Civil Veterinary Dept. North-West Frontier Province 1933-46 - 1933-1946
Year: 1933
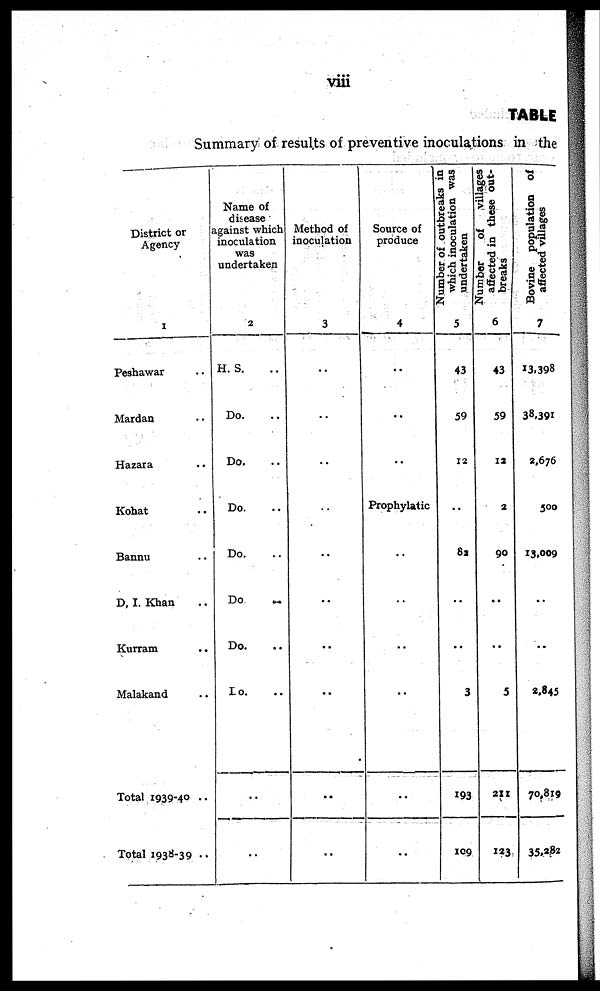
viii
TABLE
Summary of results of preventive inoculations in the
District or
Agency
1
Peshawar ..
Mardan ..
Hazara ..
Kohat ..
Bannu ..
D. I. Khan ..
Kurram ..
Malakand ..
Total 1939-40 ..
Total 1938-39 ..
Name of
disease
against which
inoculation
was
undertaken
2
H. S. ..
Do. ..
Do. ..
Do. ..
Do. ..
Do
..
Do. ..
Do. ..
..
..
Method of
inoculation
3
..
..
..
..
..
..
..
..
..
..
Source of
produce
4
..
..
..
Prophylatic
..
..
..
..
..
..
Number of outbreaks in
which inoculation was
undertaken
5
43
59
12
..
82
..
..
3
193
109
Number
of
villages
affected in these out-
breaks
6
43
59
12
2
90
..
..
5
211
123
Bovine population of
affected villages
7
13,398
38,391
2,676
500
13,009
..
..
2,845
70,819
35,282